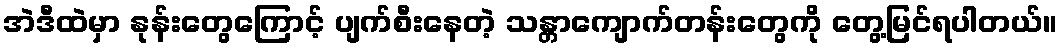
အဲဒီထဲမှာ နုန်းတွေကြောင့် ပျက်စီးနေတဲ့ သန္တာကျောက်တန်းတွေကို တွေ့မြင်ရပါတယ်။